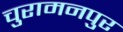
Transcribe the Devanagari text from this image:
चुरामनपुर